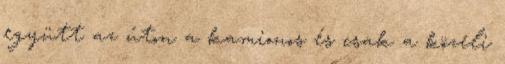
együtt az úton a kamionos és csak a közeli